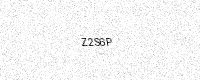
Text: Z2S6P